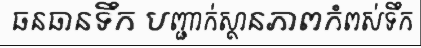
ធនធានទឹក បញ្ជាក់ស្ថានភាពកំពស់ទឹក